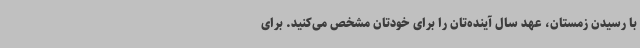
با رسیدن زمستان، عهد سال آینده‌تان را برای خودتان مشخص می‌کنید. برای